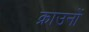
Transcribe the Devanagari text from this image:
क्राउनों